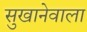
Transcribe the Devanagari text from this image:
सुखानेवाला